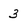
Character: 3